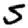
Digit: 5